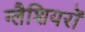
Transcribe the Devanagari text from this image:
ग्लैशियरों